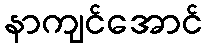
နာကျင်အောင်